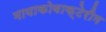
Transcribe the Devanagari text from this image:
मायाकोबाक्टेरीम